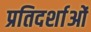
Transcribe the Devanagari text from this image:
प्रतिदर्शाओं